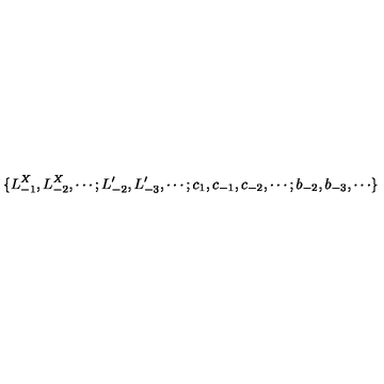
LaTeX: \{ L _ { - 1 } ^ { X } , L _ { - 2 } ^ { X } , \cdots ; L _ { - 2 } ^ { \prime } , L _ { - 3 } ^ { \prime } , \cdots ; c _ { 1 } , c _ { - 1 } , c _ { - 2 } , \cdots ; b _ { - 2 } , b _ { - 3 } , \cdots \}